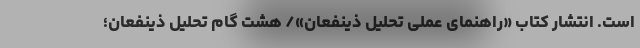
است. انتشار کتاب «راهنمای عملی تحلیل ذینفعان»/ هشت گام تحلیل ذینفعان؛